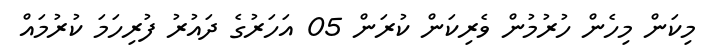
މިކަން މިހެން ހުރުމުން ވެރިކަން ކުރަން 05 އަހަރުގެ ދައުރު ފުރިހަމަ ކުރުމައް